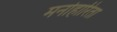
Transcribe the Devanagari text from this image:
मनोहारिता